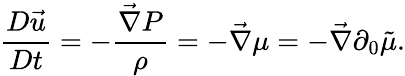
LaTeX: \frac{D\vec{u}}{Dt}=-\frac{\vec{\nabla}P}{\rho}=-\vec{\nabla}\mu=-\vec{\nabla}\partial_{0}\tilde{\mu}.